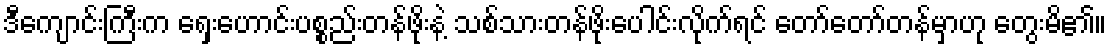
ဒီကျောင်းကြီးက ရှေးဟောင်းပစ္စည်းတန်ဖိုးနဲ့ သစ်သားတန်ဖိုးပေါင်းလိုက်ရင် တော်တော်တန်မှာဟု တွေးမိ၏။